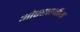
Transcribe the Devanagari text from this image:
ओस्सानीय